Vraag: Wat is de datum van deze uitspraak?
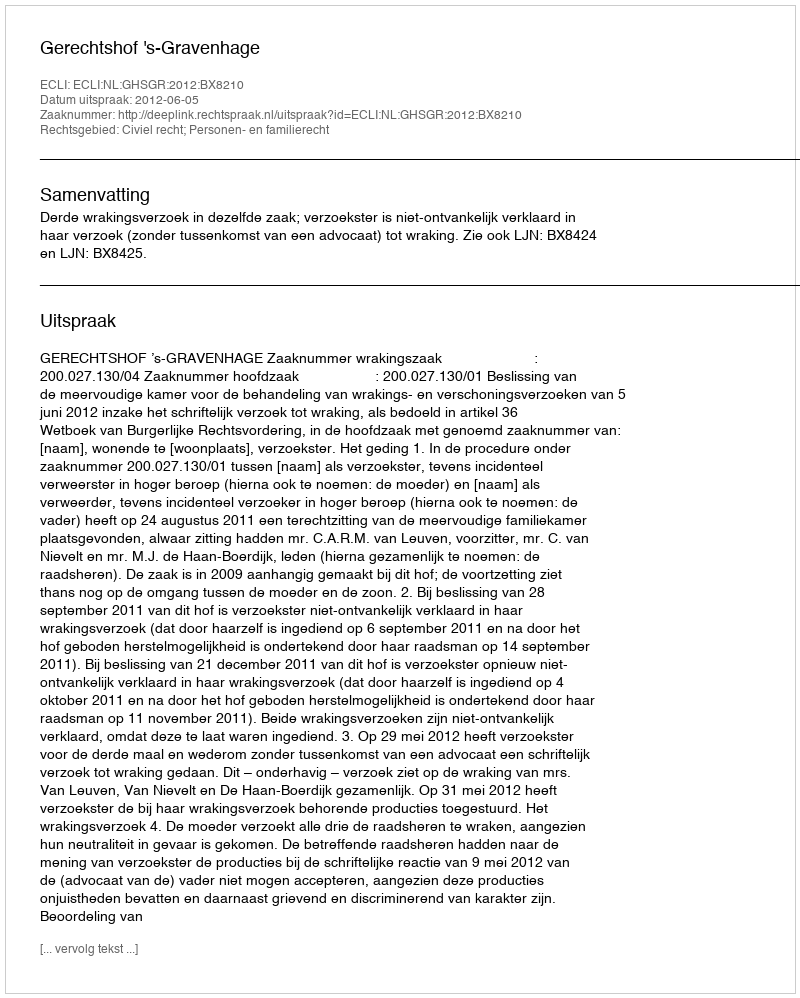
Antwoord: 2012-06-05